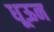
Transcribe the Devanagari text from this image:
धूऊन